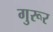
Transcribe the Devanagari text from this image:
गुरूर